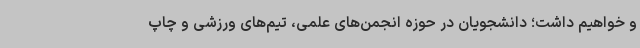
و خواهیم داشت؛ دانشجویان در حوزه انجمن‌های علمی، تیم‌های ورزشی و چاپ